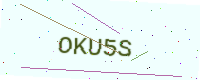
Text: OKU5S